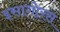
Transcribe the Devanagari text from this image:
इसागोरस